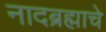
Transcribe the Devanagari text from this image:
नादब्रह्माचे